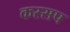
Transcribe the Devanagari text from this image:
कस्सप